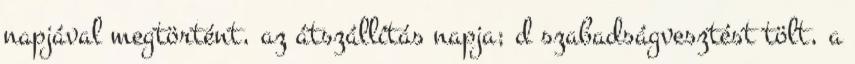
napjával megtörtént, az átszállítás napja; d szabadságvesztést tölt, a